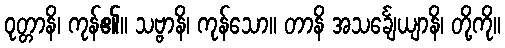
ဝုတ္တာနိ၊ ကုန်၏။ သဗ္ဗာနိ၊ ကုန်သော။ တာနိ အသင်္ချေယျာနိ၊ တို့ကို။